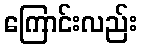
ကြောင်းလည်း